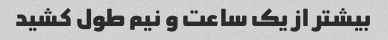
بیشتر از یک ساعت و نیم طول کشید